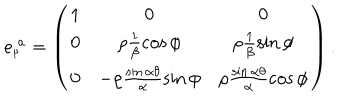
e _ { _ { \mu } } ^ { \; a } = \left( \begin{array} { c c c } { { 1 } } & { { 0 } } & { { 0 } } \\ { { 0 } } & { { \rho \frac { 1 } { \beta } \cos \phi } } & { { \rho \frac { 1 } { \beta } \sin \phi } } \\ { { 0 } } & { { - \rho \frac { \sin \alpha \theta } { \alpha } \sin \phi } } & { { \rho \frac { \sin \alpha \theta } { \alpha } \cos \phi } } \\ \end{array} \right) .